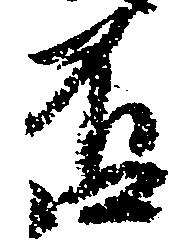
否